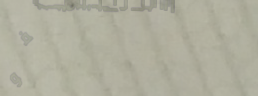
خدمات التصوير الفوتوغرافي